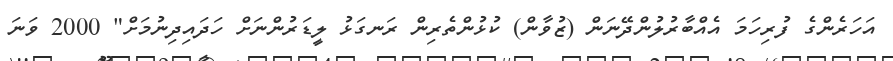
އަހަރެންގެ ފުރިހަމަ އެއްބާރުލުންދޭނަން (ޒުވާން) ކުޅުންތެރިން ރަނގަޅު ލީޑަރުންނަށް ހަދައިދިނުމަށް" 2000 ވަނަ